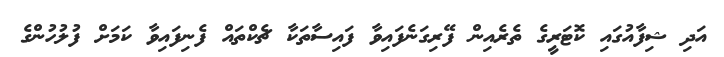
އަދި ޝިފާއުގައި ކޮޓަރީގެ ތެރެއިން ފޭރިގަނެފައިވާ ފައިސާތަކާ ޗެކްތައް ފެނިފައިވާ ކަމަށް ފުލުހުންގެ